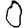
Digit: 0